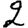
Digit: 2